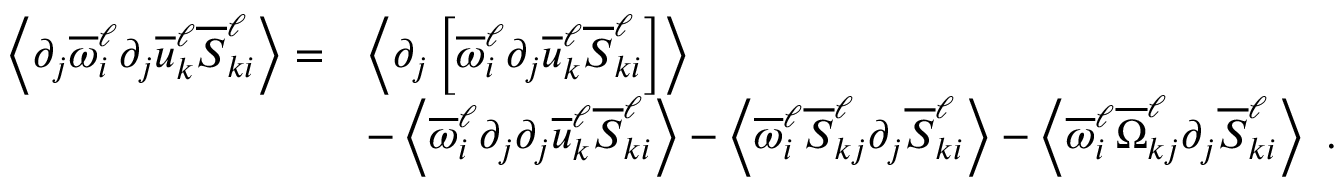
\begin{array} { r l } { \left\langle \partial _ { j } \overline { { \omega } } _ { i } ^ { \ell } \partial _ { j } \overline { { u } } _ { k } ^ { \ell } \overline { { S } } _ { k i } ^ { \ell } \right\rangle = } & { \left\langle \partial _ { j } \left[ \overline { { \omega } } _ { i } ^ { \ell } \partial _ { j } \overline { { u } } _ { k } ^ { \ell } \overline { { S } } _ { k i } ^ { \ell } \right] \right\rangle } \\ & { - \left\langle \overline { { \omega } } _ { i } ^ { \ell } \partial _ { j } \partial _ { j } \overline { { u } } _ { k } ^ { \ell } \overline { { S } } _ { k i } ^ { \ell } \right\rangle - \left\langle \overline { { \omega } } _ { i } ^ { \ell } \overline { { S } } _ { k j } ^ { \ell } \partial _ { j } \overline { { S } } _ { k i } ^ { \ell } \right\rangle - \left\langle \overline { { \omega } } _ { i } ^ { \ell } \overline { { \Omega } } _ { k j } ^ { \ell } \partial _ { j } \overline { { S } } _ { k i } ^ { \ell } \right\rangle \ . } \end{array}